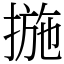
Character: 揓